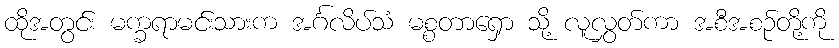
ထိုအတွင်း မက္ခရာမင်းသားက အင်္ဂလိပ်သံ မစ္စတာရှော သို့ လူလွှတ်ကာ အစီအစဉ်တို့ကို